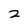
Character: 2